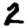
Digit: 2